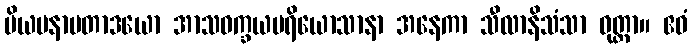
ပိယမနာပတာဒယော အာသဝက္ခယပရိယောသာနာ အနေကာ သီလာနိသံသာ ဝုတ္တာ။ ဧဝံ